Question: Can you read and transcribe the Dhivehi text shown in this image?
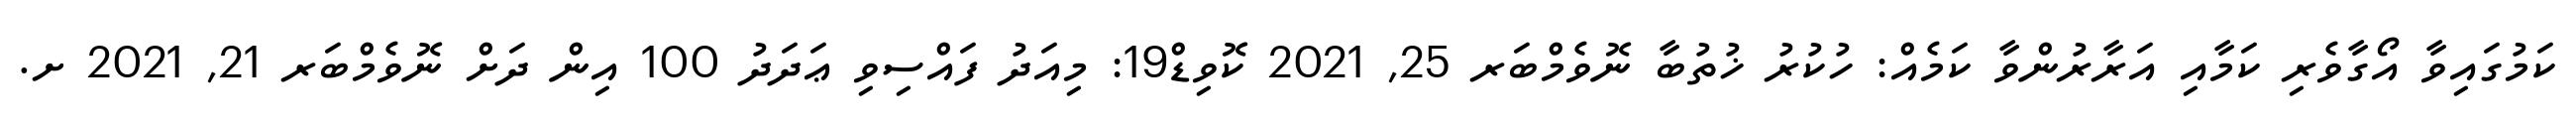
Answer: ކަމުގައިވާ އޯގާވެރި ކަމާއި އަރާރުންވާ ކަމެއް: ހުކުރު ޚުތުބާ ނޮވެމްބަރ 25, 2021 ކޮވިޑް19: މިއަދު ފައްސިވި ޢަދަދު 100 އިން ދަށް ނޮވެމްބަރ 21, 2021 ށ.